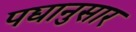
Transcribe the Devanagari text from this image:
पद्यानुसार